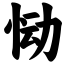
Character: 恸